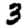
Digit: 3